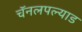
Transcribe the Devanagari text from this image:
चॅनलपल्याड